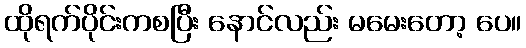
ထိုရက်ပိုင်းကစပြီး နောင်လည်း မမေးတော့ ပေ။